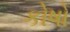
કોષો